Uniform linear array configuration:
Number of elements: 24
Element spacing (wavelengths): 0.25
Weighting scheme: hamming
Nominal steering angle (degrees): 0
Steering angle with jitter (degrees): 1.857
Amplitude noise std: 0.05
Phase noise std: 0.05

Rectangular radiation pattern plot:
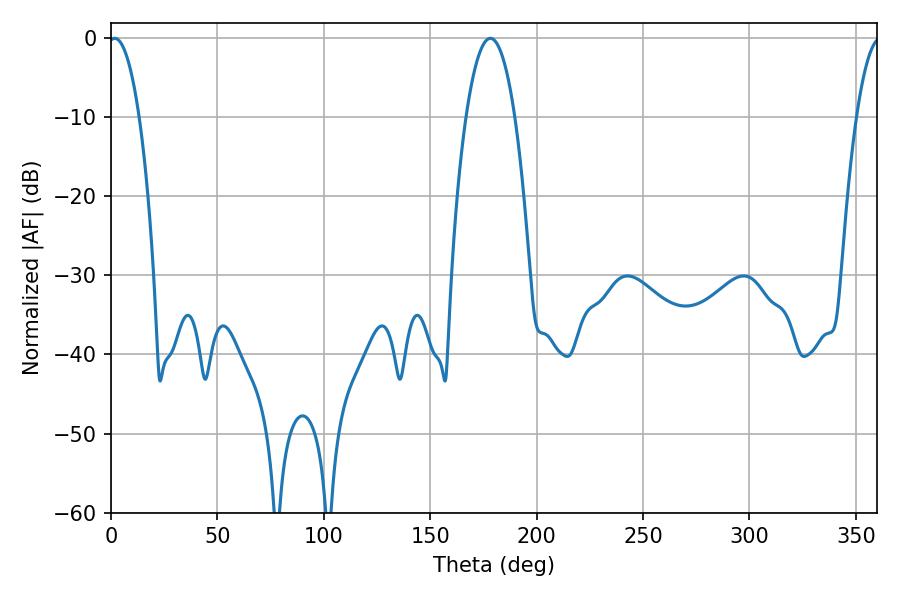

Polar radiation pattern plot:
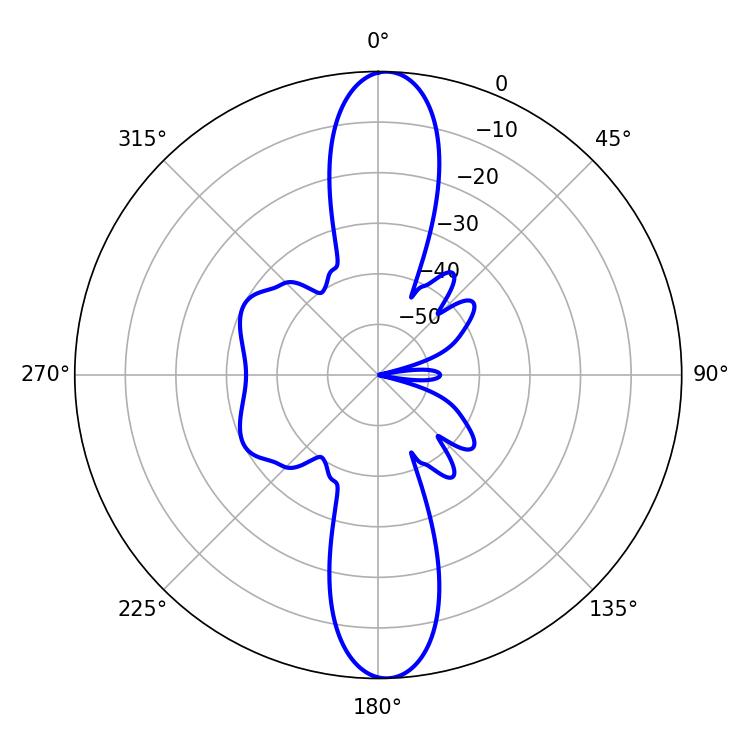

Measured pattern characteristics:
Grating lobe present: FALSE
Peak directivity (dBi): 21.722
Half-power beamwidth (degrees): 8.1
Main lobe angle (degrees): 1.8